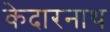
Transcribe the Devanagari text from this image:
केदारनाथ